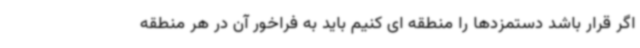
اگر قرار باشد دستمزدها را منطقه ای کنیم باید به فراخور آن در هر منطقه